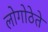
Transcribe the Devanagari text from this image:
लोगोठेते